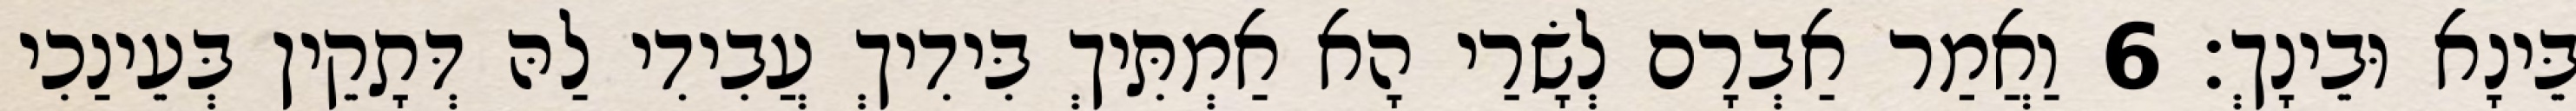
בֵּינָא וּבֵינָךְ׃ 6 וַאֲמַר אַבְרָם לְשָׂרַי הָא אַמְתִּיךְ בִּידִיךְ עֲבִידִי לַהּ דְּתָקֵין בְּעֵינַכִי